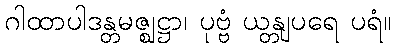
ဂါထာပါဒန္တမဇ္ဈဋ္ဌာ၊ ပုဗ္ဗံ ယန္တျပရေ ပရံ။